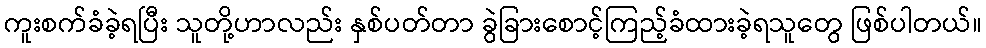
ကူးစက်ခံခဲ့ရပြီး သူတို့ဟာလည်း နှစ်ပတ်တာ ခွဲခြားစောင့်ကြည့်ခံထားခဲ့ရသူတွေ ဖြစ်ပါတယ်။